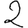
Digit: 2